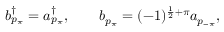
b _ { p _ { \pi } } ^ { \dagger } = a _ { p _ { \pi } } ^ { \dagger } , \qquad b _ { p _ { \pi } } = ( - 1 ) ^ { \frac { 1 } { 2 } + \pi } a _ { p _ { - \pi } } ,